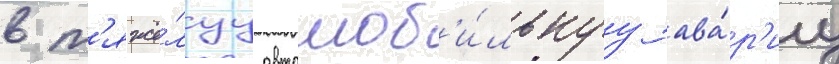
в т'яжё́луу автомоб'и́льнуу ава́р'иу